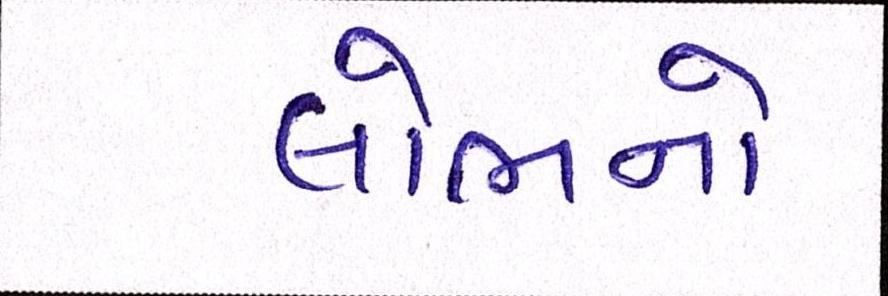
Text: લોભનો